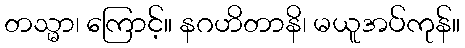
တသ္မာ၊ ကြောင့်။ နဂဟိတာနိ၊ မယူအပ်ကုန်။